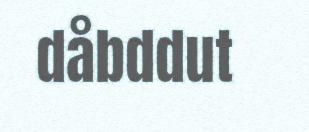
dåbddut